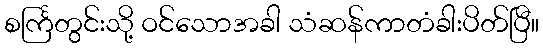
စင်္ကြတွင်းသို့ ဝင်သောအခါ သံဆန်ကာတံခါးပိတ်ပြီ။